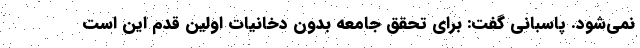
نمی‌شود. پاسبانی گفت: برای تحقق جامعه بدون دخانیات اولین قدم این است